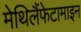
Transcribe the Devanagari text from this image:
मेथिलैंफेटामाइन